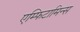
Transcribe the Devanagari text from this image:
एम्फिटामिन्स